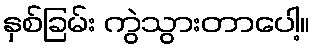
နှစ်ခြမ်း ကွဲသွားတာပေါ့။